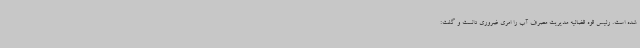
شده است. رئیس قوه قضائیه مدیریت مصرف آب را امری ضروری دانست و گفت: